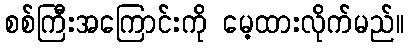
စစ်ကြီးအကြောင်းကို မေ့ထားလိုက်မည်။